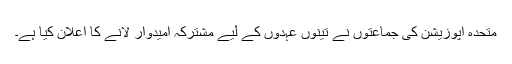
متحدہ اپوزیشن کی جماعتوں نے تینوں عہدوں کے لیے مشترکہ امیدوار لانے کا اعلان کیا ہے۔